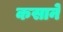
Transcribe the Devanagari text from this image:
कसाने